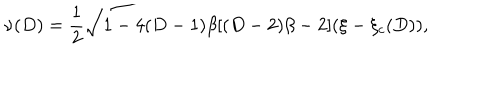
LaTeX: \nu ( D ) = { \frac { 1 } { 2 } } \sqrt { 1 - 4 ( D - 1 ) \beta [ ( D - 2 ) \beta - 2 ] ( \xi - \xi _ { c } ( D ) ) } ,